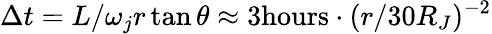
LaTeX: \Delta t=L/\omega_{j}r\tan\theta\approx 3\mathrm{hours}\cdot(r/30R_{J})^{-2}